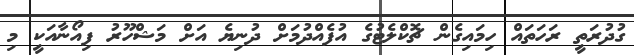
ގުދުރަތީ ރަހަތައް ހިމައިގެން ޗޮކްލެޓުގެ އުފެއްދުމަށް ދުނިޔެ އަށް މަޝްހޫރު ފިއޯނާއަކީ މި